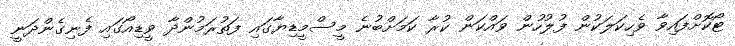
ޓޯކޮށްފައިވާ ވެހިކަލަކުން ފުލުހުން ވައްކަން ކުރާ ކަމަށްބުނެ މީސްމީޑިޔާގައި ފަތުރަމުންދާ ވީޑިއޯގައި ފެނިގެންދަނީ